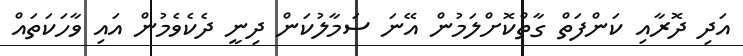
އަދި ދޮރާއި ކަންފަތް ގާތްކޮށްލަމުން އޭނަ ސަމާލުކަން ދިނީ ދެކެވެމުން އައި ވާހަކަތައް